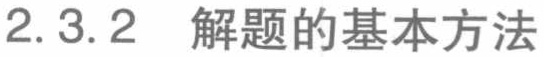
2.3.2 解题的基本方法